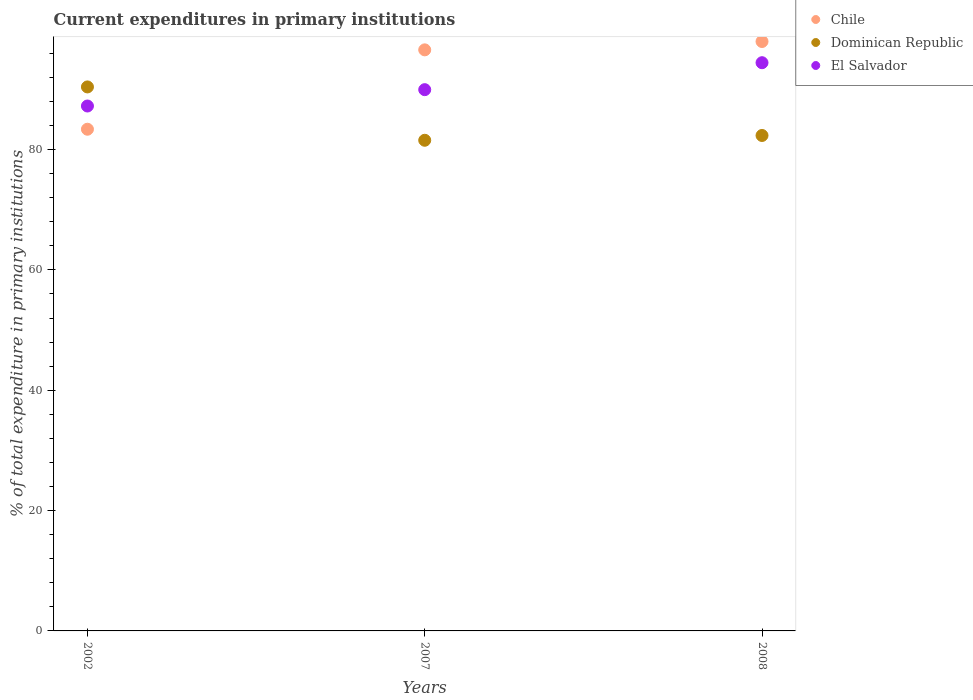
| Years | Chile | Dominican Republic | El Salvador |
 | --- | --- | --- | --- |
 | 2002 | 83.4 | 90.4 | 87.2 |
 | 2007 | 96.6 | 81.5 | 89.9 |
 | 2008 | 97.9 | 82.3 | 94.4 |